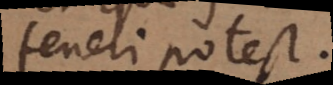
teneri potest.